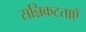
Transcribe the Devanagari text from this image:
सन्निकटताएँ